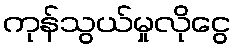
ကုန်သွယ်မှုလိုငွေ